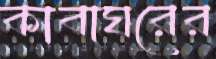
কাবাঘরের